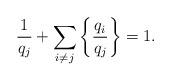
LaTeX: \begin{align*}\frac{1}{q_j}+\sum_{i\neq j}\left\{\frac{q_i}{q_j}\right\}=1.\end{align*}